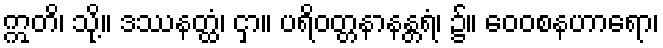
ဣတိ၊ သို့။ ဒဿနတ္ထံ၊ ငှာ။ ပရိဝတ္တနာနန္တရံ၊ ၌။ ဝေဝစနဟာရော၊